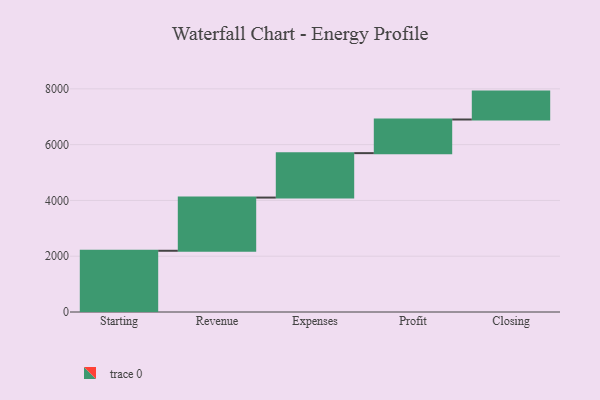
{"axis": {"x": "Step", "y": "Value"}, "legend": [""], "data": [{"x": "Starting", "y": 2195.0, "type": ""}, {"x": "Revenue", "y": 1907.0, "type": ""}, {"x": "Expenses", "y": 1593.0, "type": ""}, {"x": "Profit", "y": 1206.0, "type": ""}, {"x": "Closing", "y": 1000, "type": ""}]}